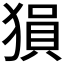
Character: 𤠔